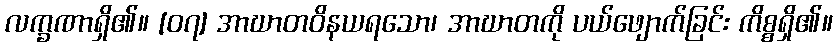
လက္ခဏာရှိ၏။ [၀၇] အာဃာတဝိနယရသော၊ အာဃာတကို ပယ်ဖျောက်ခြင်း ကိစ္စရှိ၏။